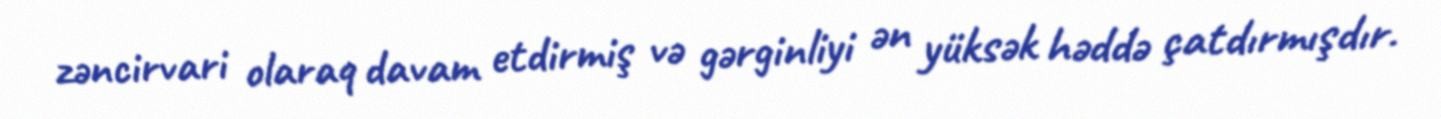
zəncirvari olaraq davam etdirmiş və gərginliyi ən yüksək həddə çatdırmışdır.